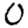
Digit: 0